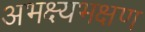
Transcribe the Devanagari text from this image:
अभक्ष्यभक्षण